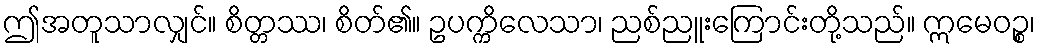
ဤအတူသာလျှင်။ စိတ္တဿ၊ စိတ်၏။ ဥပက္ကိလေသာ၊ ညစ်ညူးကြောင်းတို့သည်။ ဣမေဝဉ္စ၊